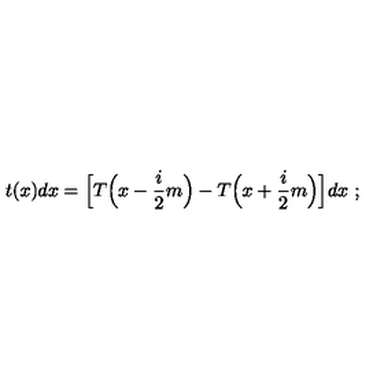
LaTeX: t ( x ) d x = \Big [ T \Big ( x - \frac { i } { 2 } m \Big ) - T \Big ( x + \frac { i } { 2 } m \Big ) \Big ] d x \ ;